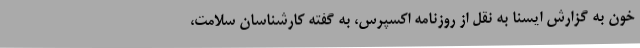
خون به گزارش ایسنا به نقل از روزنامه اکسپرس، به گفته کارشناسان سلامت،